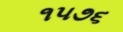
૧૫૭૬